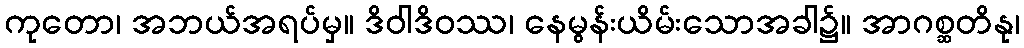
ကုတော၊ အဘယ်အရပ်မှ။ ဒိဝါဒိဝဿ၊ နေမွန်းယိမ်းသောအခါ၌။ အာဂစ္ဆတိနု၊